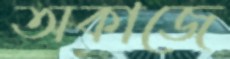
অকাজে